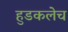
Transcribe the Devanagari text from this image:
हुडकलेच